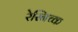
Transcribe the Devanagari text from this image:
रेस्निच्क